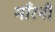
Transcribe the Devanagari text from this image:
माँरनी